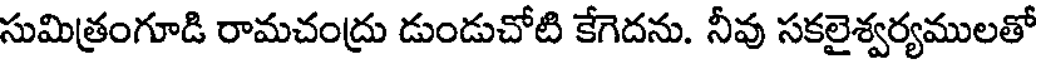
సుమిత్రంగూడి రామచంద్రు డుండుచోటి కేగెదను. నీవు సకలైశ్వర్యములతో